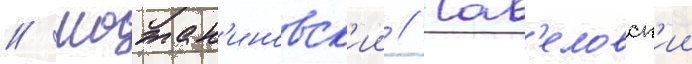
// Молжан'иновск'ии // Сав'еловск'ии